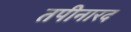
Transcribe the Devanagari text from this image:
तपीनारद